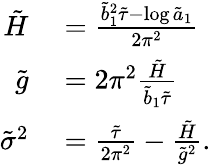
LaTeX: \begin{array}{rl}{\tilde{H}}&{{}=\frac{\tilde{b}_{1}^{2}\tilde{\tau}-\log\tilde{a}_{1}}{2\pi^{2}}}\\ {\tilde{g}}&{{}=2\pi^{2}\frac{\tilde{H}}{\tilde{b}_{1}\tilde{\tau}}}\\ {\tilde{\sigma}^{2}}&{{}=\frac{\tilde{\tau}}{2\pi^{2}}-\frac{\tilde{H}}{\tilde{g}^{2}}.}\end{array}